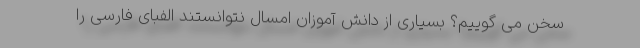
سخن می گوییم؟ بسیاری از دانش آموزان امسال نتوانستند الفبای فارسی را